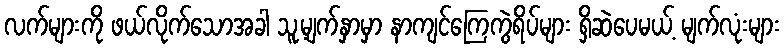
လက်များကို ဖယ်လိုက်သောအခါ သူ့မျက်နှာမှာ နာကျင်ကြေကွဲရိပ်များ ရှိဆဲပေမယ့် မျက်လုံးများ